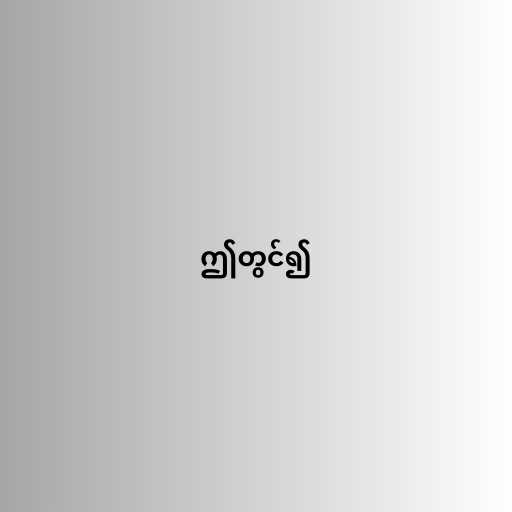
ဤတွင်၍